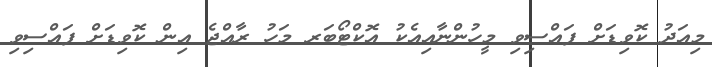
މިއަދު ކޮވިޑަށް ފައްސިވި މީހުންނާއިއެކު އޮކްޓޯބަރ މަހު ރާއްޖެ އިން ކޮވިޑަށް ފައްސިވި